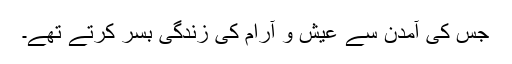
جس کی آمدن سے عیش و آرام کی زندگی بسر کرتے تھے۔